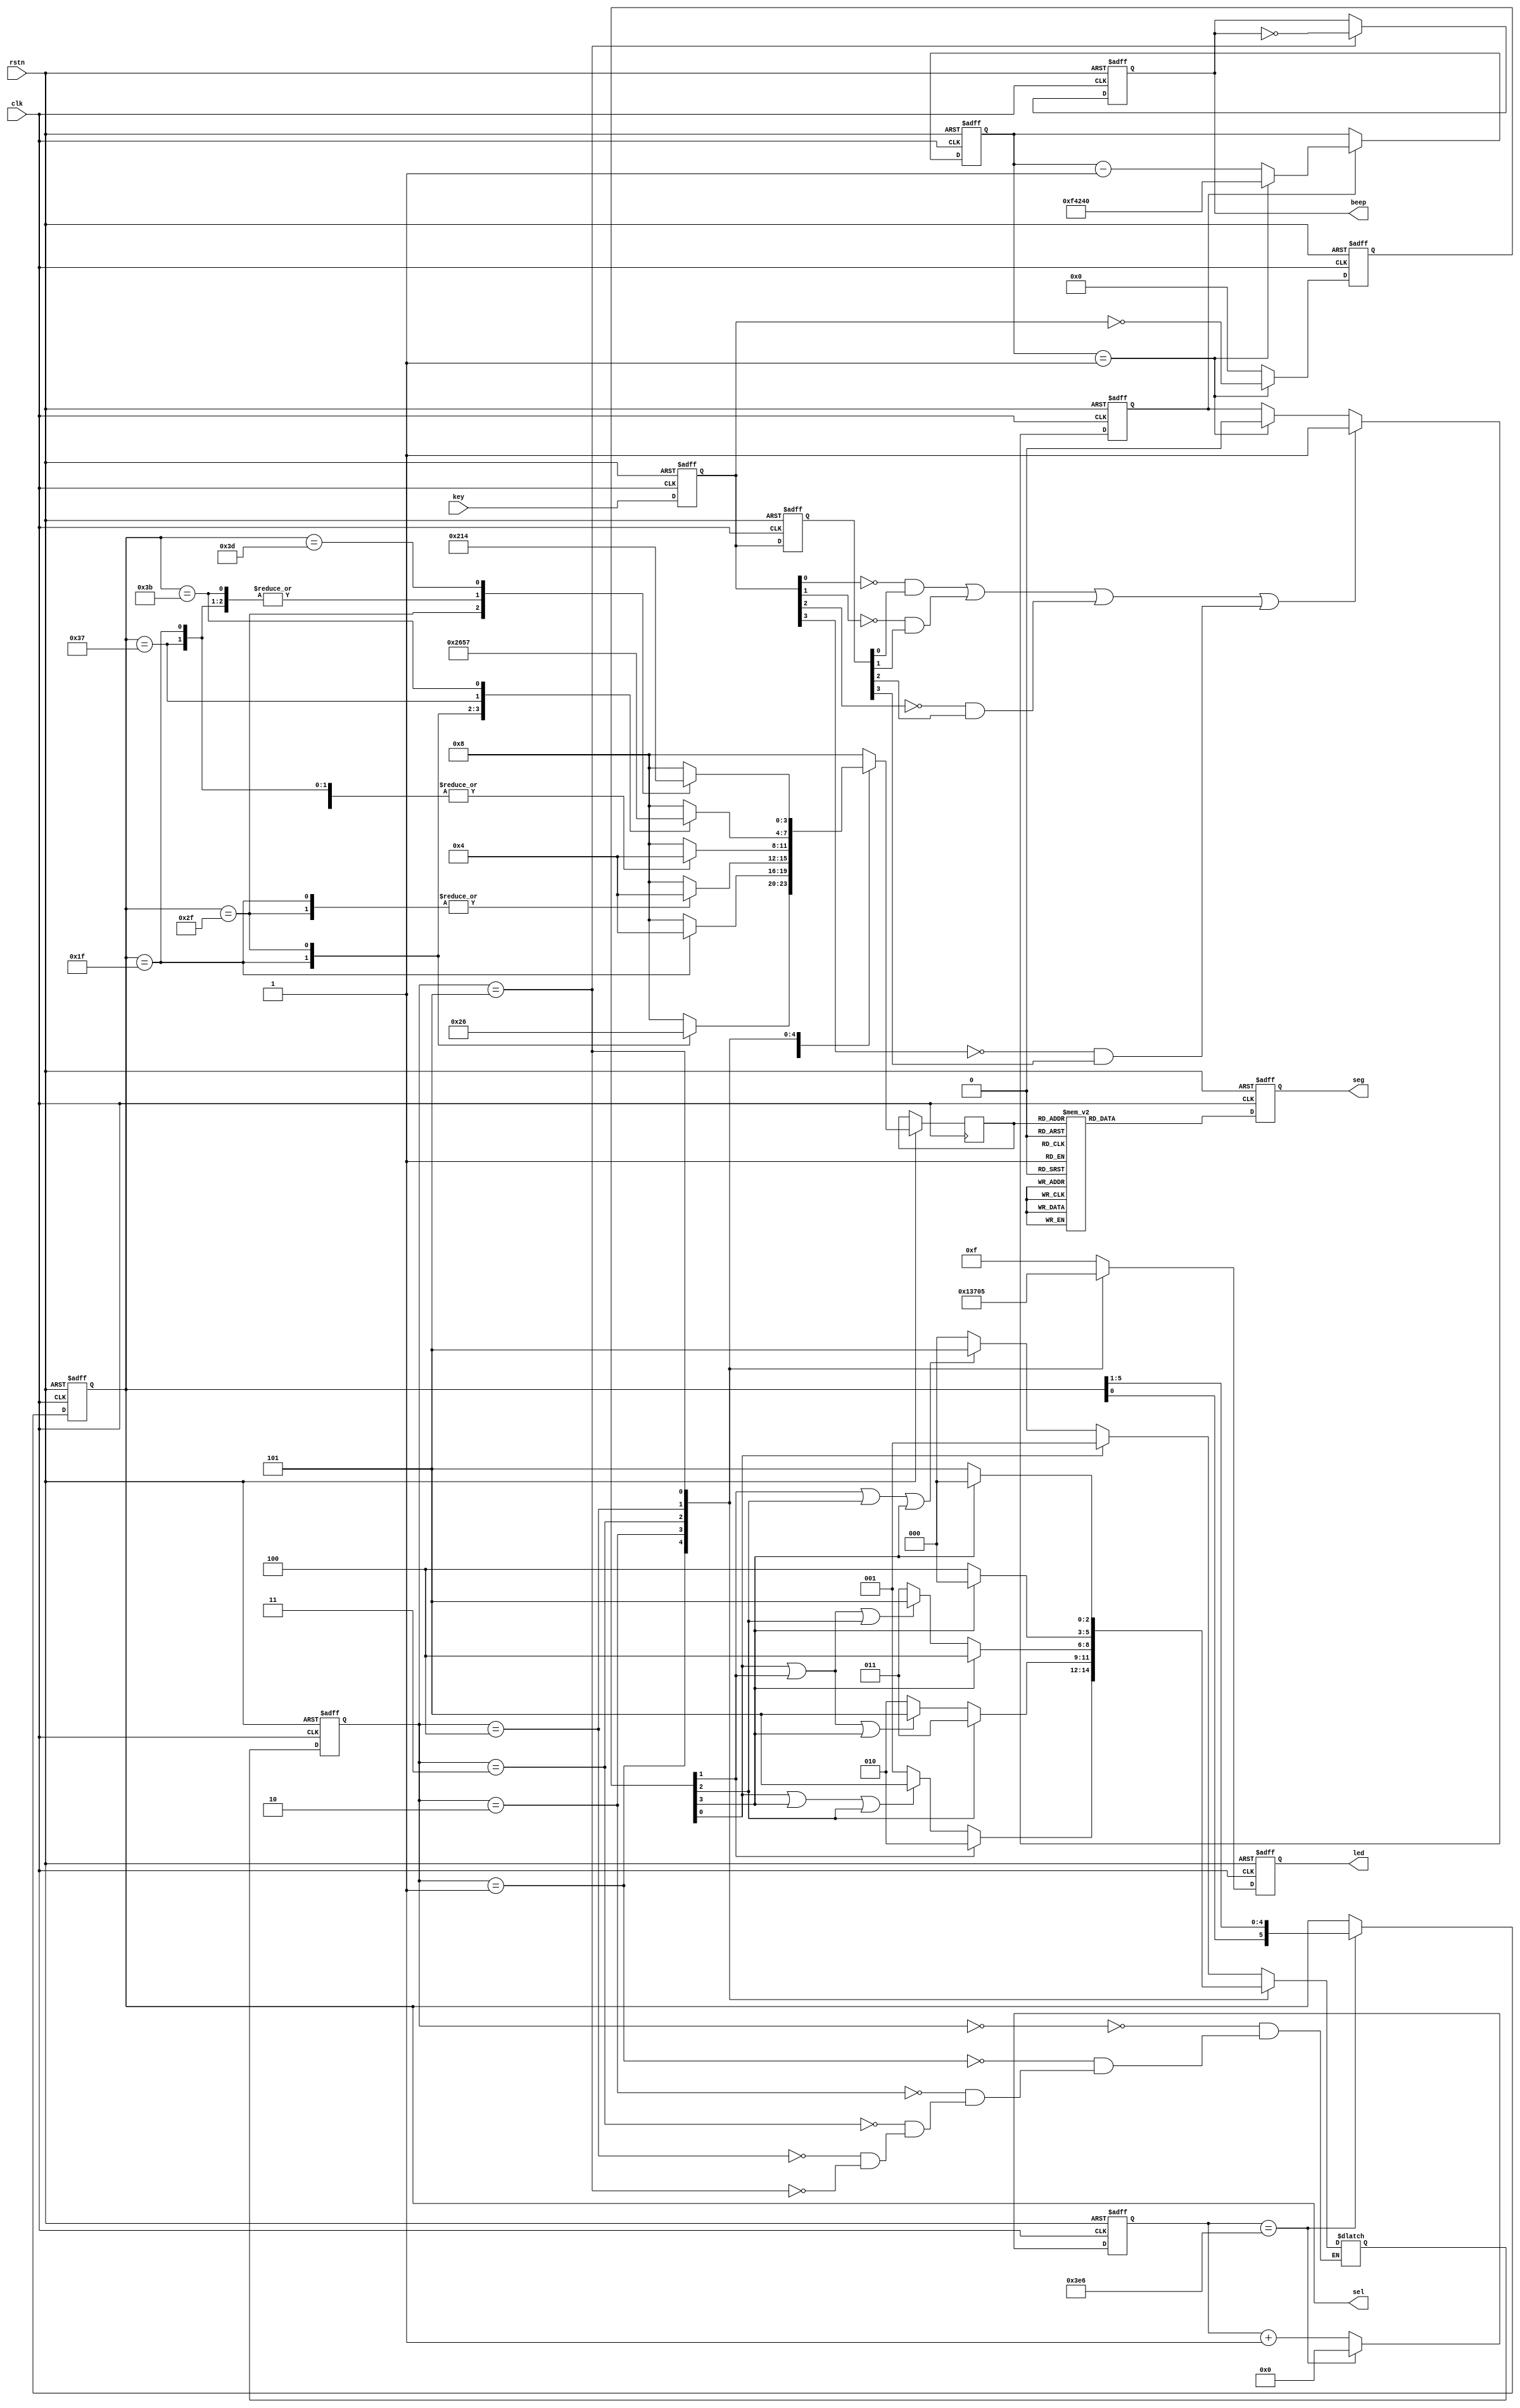
module FSM (
    input       wire            clk     ,
    input       wire            rstn    ,
    input       wire    [3:0]   key     ,

    output      wire    [3:0]   led     ,
    output      reg     [5:0]   sel     ,
    output      reg     [7:0]   seg     ,
	output 	    reg 	        beep        //

);

    parameter   Max     =   4'd10          ;
    parameter   Max_1s  =   26'd5000_0000  ;
    
    parameter   MAX_20ms =  20'd100_0000   ;
    parameter   MAX_shuma =  10'd999   ;

// state space
    parameter   IDLE    =   3'd0    ;
    parameter   S1      =   3'd1    ;
    parameter   S2      =   3'd2    ;
    parameter   S3      =   3'd3    ;
    parameter   S4      =   3'd4    ;
    parameter   Error   =   3'd5    ;

// action space
    parameter   No          =   4'b0000  ;
    parameter   lock        =   4'b1111  ;
    parameter   unlock      =   4'b0000  ;
    parameter   error_led   =   4'b0101  ;
    parameter   s1_led      =   4'b0001  ;
    parameter   s2_led      =   4'b0011  ;
    parameter   s3_led      =   4'b0111  ;

// 
    reg     [2:0]   cstate          ;  // current state 
    reg     [2:0]   nstate          ;  // next state 
    reg     [3:0]   led_r           ;
    reg     [3:0]   cnt             ;
    reg             start           ;  // 
    reg     [26:0]  cnt_1s          ;
    reg     [9:0]   cnt_shuma       ;
    reg     [19:0]  cnt_20ms        ;
    reg     [3:0]   key_r0          ;  // 0
    reg     [3:0]   key_r1          ;  // 1
    wire            nedge           ;
    reg     [3:0]   flag            ;  // 
    reg     [3:0] 	number	        ;  //

//  

    // 20ms 
    always @(posedge clk or negedge rstn) begin
        if(!rstn) begin
            cnt_20ms <= 20'd0;
        end
        else if(start) begin
            if(cnt_20ms == 1'd1)begin
                cnt_20ms <= MAX_20ms;
            end
            else begin
                cnt_20ms <= cnt_20ms - 1'd1; 
            end
        end
        else begin
            cnt_20ms <= cnt_20ms;
        end
    end

    always @(posedge clk or negedge rstn) begin
        if(!rstn) begin
            key_r0 <= 4'b1111;
            key_r1 <= 4'b1111;
        end
        else begin
            key_r0 <= key;  // 
            key_r1 <= key_r0;    //  
        end
    end

    // start 
    always @(posedge clk or negedge rstn) begin
        if(!rstn) begin
            start <= 1'b0;
        end
        else if(nedge) begin
            start <= 1'b1;
        end
        else if(cnt_20ms == 1'b1) begin
            start <= 1'b0;
        end
        else begin
            start <= start;
        end
    end
    //  flag 
    always @(posedge clk or negedge rstn) begin
        if(!rstn) begin
            flag <= 4'b0000;
        end
        else if(cnt_20ms == 1'b1) begin
            flag <= ~key_r0;
        end
        else begin
            flag <= 4'b0000;
        end
    end

//  

    always @(posedge clk or negedge rstn) begin
        if(!rstn) begin
            cnt_1s <= 26'd0;
        end
        else if(cnt_1s == Max_1s - 1'd1) begin
            cnt_1s <= 26'd0;
        end
        else begin
            cnt_1s <= cnt_1s + 1'd1;
        end
        // else if(cstate == S4) begin  // 
        //     cnt_1s <= cnt_1s + 1'd1;
        // end
    end

    always @(posedge clk or negedge rstn) begin
        if(!rstn) begin
            cnt_shuma <= 10'd0;
        end
        else if(cnt_shuma == MAX_shuma - 1'd1) begin
            cnt_shuma <= 10'd0;
        end
        else begin
            cnt_shuma <= cnt_shuma + 1'd1;
        end
    end

    always @(posedge clk or negedge rstn) begin
        if(!rstn) begin
            cnt <= 4'd0;
        end
        else if(cnt == Max - 1) begin
            cnt <= 4'd0;
        end
        else if(cnt_1s == Max_1s - 1) begin
            cnt <= cnt + 1'd1;
        end
        else begin
            cnt <= cnt;
        end
    end

//  

    // 
    always @(posedge clk or negedge rstn) begin
        if(!rstn) begin
            cstate <= IDLE; // 
        end
        else begin
            cstate <= nstate;   // 
        end
    end

    // 
    always @(*) begin
        case (cstate)
            IDLE: begin
                if(flag[0])begin//11
                    nstate = S1;
                end 
                else if(flag[1]||flag[2]||flag[3]) begin
                    nstate = Error;
                end
                else begin
                    nstate = IDLE;
                end 
            end 
            S1: begin
                if(flag[1])begin
                    nstate = S2;
                end 
                else if(flag[0]||flag[3]||flag[2])begin
                    nstate = Error;
                end 
                else begin
                    nstate = S1;
                end 
            end 
            S2: begin
                if(flag[2])begin
                    nstate = S3;
                end 
                else if(flag[0]||flag[1]||flag[3])begin
                    nstate = Error;
                end 
                else begin
                    nstate = S2;
                end 
            end 
            S3: begin
                if(flag[3])begin
                    nstate = S4;
                end 
                else if(flag[0]||flag[1]||flag[2])begin
                    nstate = Error;
                end 
                else begin
                    nstate = S3;
                end
            end 
            S4: begin//
                if(flag[3])begin
                    nstate = IDLE;
                end
                else begin
                    nstate = S4;
                end 
            end 
            Error: begin
                if(flag[3])begin
                    nstate = IDLE;
                end 
                else begin
                    nstate = Error;
                end
            end
            default:;
        endcase
    end

    // 
    always @(posedge clk or negedge rstn) begin
        if(!rstn) begin
            led_r <= No;
            beep <= 1'b1;
        end
        else begin
            case (cstate)
                IDLE    :   begin
                    led_r <= lock;
                    case (sel)
                    6'b011111: number = 4'd2;
                    6'b101111: number = 4'd6;
                    6'b110111: number = 4'd8;
                    6'b111011: number = 4'd8;
                    6'b111101: number = 4'd8;
                    6'b111110: number = 4'd8;
                    default:   number = 4'd8;
                    endcase
                end   
                S1      :   begin
                    led_r <= s1_led;
                    case (sel)
                    6'b011111: number = 4'd4;
                    6'b101111: number = 4'd8;
                    6'b110111: number = 4'd8;
                    6'b111011: number = 4'd8;
                    6'b111101: number = 4'd8;
                    6'b111110: number = 4'd8;
                    default:   number = 4'd8;
                    endcase
                end 
                S2      :   begin
                    led_r <= s2_led;
                    case (sel)
                    6'b011111: number = 4'd4;
                    6'b101111: number = 4'd4;
                    6'b110111: number = 4'd8;
                    6'b111011: number = 4'd8;
                    6'b111101: number = 4'd8;
                    6'b111110: number = 4'd8;
                    default:   number = 4'd8;
                    endcase
                end
                S3      :   begin
                    led_r <= s3_led;
                    case (sel)
                    6'b011111: number = 4'd4;
                    6'b101111: number = 4'd4;
                    6'b110111: number = 4'd4;
                    6'b111011: number = 4'd8;
                    6'b111101: number = 4'd8;
                    6'b111110: number = 4'd8;
                    default:   number = 4'd8;
                    endcase
                end 
                S4      :   begin
                    led_r <= unlock;
                    case (sel)
                    6'b011111: number = 4'd2;
                    6'b101111: number = 4'd6;
                    6'b110111: number = 4'd5;
                    6'b111011: number = 4'd7;
                    6'b111101: number = 4'd8;
                    6'b111110: number = 4'd8;
                    default:   number = 4'd8;
                    endcase
                end 
                Error   : begin 
                    beep = ~beep;
                    led_r <= error_led;
                    case (sel)
                    6'b011111: number = 4'd1;
                    6'b101111: number = 4'd2;
                    6'b110111: number = 4'd1;
                    6'b111011: number = 4'd1;
                    6'b111101: number = 4'd4;
                    6'b111110: number = 4'd8;
                    default:   number = 4'd8;
                    endcase
                    
                end 
                default :begin
                    beep = beep;
                    led_r <= lock;
                    case (sel)
                    6'b011111: number = 4'd8;
                    6'b101111: number = 4'd8;
                    6'b110111: number = 4'd8;
                    6'b111011: number = 4'd8;
                    6'b111101: number = 4'd8;
                    6'b111110: number = 4'd8;
                    default:   number = 4'd8;
                    endcase
                end   
            endcase
        end
    end

    // 
    // always @(posedge clk or negedge rstn)begin
	//     if(!rstn)//0
	// 	    sel <= 6'b111111;//
	//     else 
	// 	    sel <= 6'b000000;//
    // end

    //
    always@(posedge clk or negedge rstn)begin
        if(!rstn)begin
            sel <= 6'b011111;//
        end 
        else if(cnt_shuma == MAX_shuma - 1'd1)begin
            sel <= {sel[0],sel[5:1]};//20us
        end 
        else begin
            sel <= sel;//
        end 
    end 

    always @(posedge clk or negedge rstn)begin
        if(!rstn)
            seg <= 8'b0;
        else begin
            case(number)//16
                4'd1:    seg <= 8'b1000_1111;   // r
                4'd2:    seg <= 8'b1100_0000;   // o
                4'd3:    seg <= 8'b1000_1100;   // p
                4'd4:    seg <= 8'b1000_0100;   // e
                4'd5:    seg <= 8'b1100_1000;   // n
                4'd6:    seg <= 8'b1100_0111;   // l
                4'd7:    seg <= 8'b1100_0001;   // u
                4'd8:    seg <= 8'b1111_1111;   // no
                default : seg <= 8'b1100_0000;
            endcase
        end
    end

    // always @(posedge clk or negedge rstn) begin
    //     if(!rstn) begin
    //         beep <= 1'b0;
    //     end
    //     else if(cstate == Error) begin
    //         beep <= ~beep;
    //     end
    //     else begin
    //         beep <= beep;
    //     end
    // end

    assign nedge = (~key_r0[0] && key_r1[0])||(~key_r0[1] && key_r1[1])||(~key_r0[2] && key_r1[2])||(~key_r0[3] && key_r1[3]);//
    assign led = led_r;
endmodule //fsm